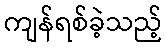
ကျန်ရစ်ခဲ့သည့်